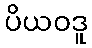
ပိယဝဒူ